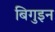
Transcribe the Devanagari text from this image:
बिगुइन